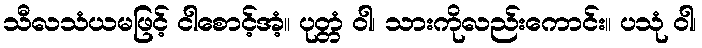
သီလသံယမဖြင့် ငါစောင့်အံ့။ ပုတ္တံ ဝါ၊ သားကိုလည်းကောင်း။ ပသုံ ဝါ၊